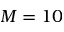
M = 1 0